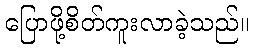
ပြောဖို့စိတ်ကူးလာခဲ့သည်။